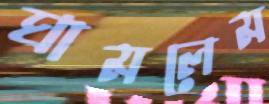
ঘামলেম